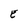
Character: E